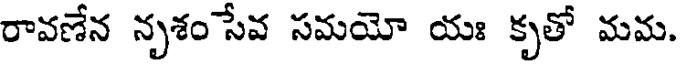
రావణేన నృశం సేవ సమయో యః కృతో మమ.